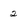
Character: 2